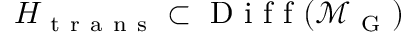
H _ { \mathrm { ~ t ~ r ~ a ~ n ~ s ~ } } \subset \mathrm { ~ D ~ i ~ f ~ f ~ } ( \mathcal { M } _ { \mathrm { ~ G ~ } } )